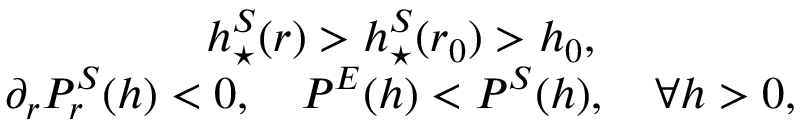
\begin{array} { c } { h _ { \star } ^ { S } ( r ) > h _ { \star } ^ { S } ( r _ { 0 } ) > h _ { 0 } , } \\ { \partial _ { r } { \cal P } _ { r } ^ { S } ( h ) < 0 , \quad { \cal P } ^ { E } ( h ) < { \cal P } ^ { S } ( h ) , \quad \forall h > 0 , } \end{array}